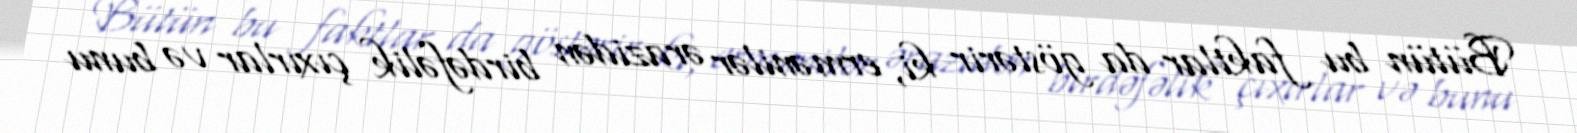
Bütün bu faktlar da göstərir ki, ermənilər ərazidən birdəfəlik çıxırlar və bunu